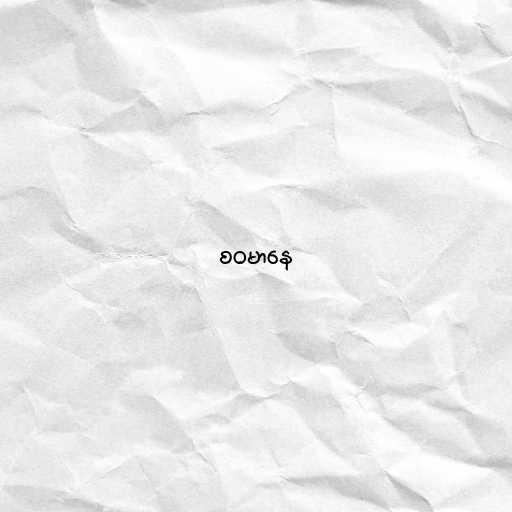
စဝမာနေ